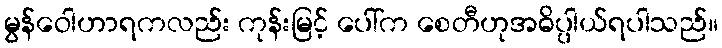
မွန်ဝေါဟာရကလည်း ကုန်းမြင့် ပေါ်က စေတီဟုအဓိပ္ပါယ်ရပါသည်။